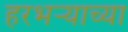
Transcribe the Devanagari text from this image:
हरभऱ्याच्या